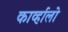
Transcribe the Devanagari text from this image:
काव्‍र्हालो